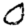
Digit: 0